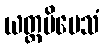
ယတ္ထမိမေသံ